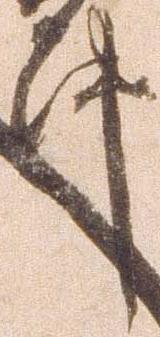
件